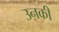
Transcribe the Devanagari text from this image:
उऩकी